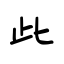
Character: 此